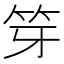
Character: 笌